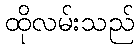
ထိုလမ်းသည်